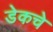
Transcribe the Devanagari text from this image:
डेकचे